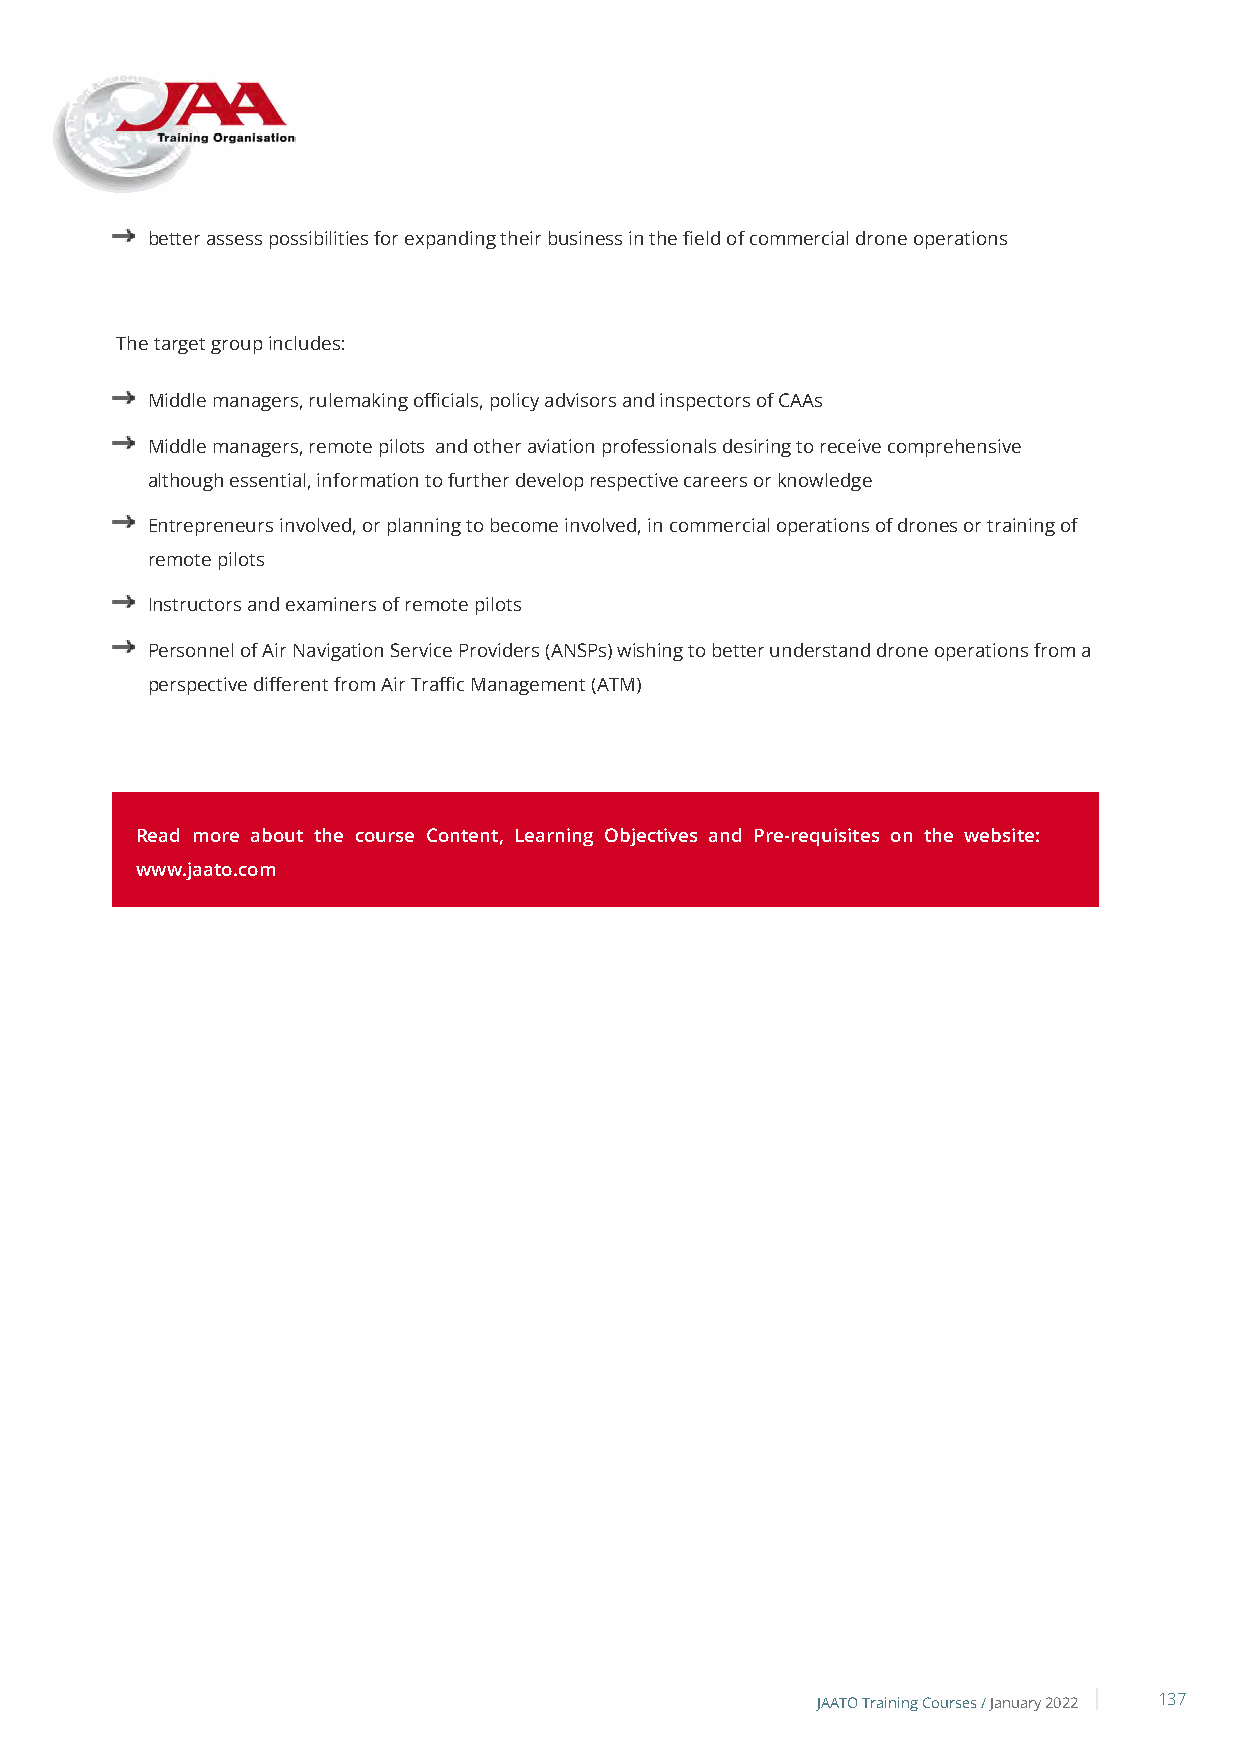
better assess possibilities for expanding their business in the field of commercial drone operations
 The target group includes:
 Middle managers, rulemaking officials, policy advisors and inspectors of CAAs
 Middle managers, remote pilots and other aviation professionals desiring to receive comprehensive
 although essential, information to further develop respective careers or knowledge
 Entrepreneurs involved, or planning to become involved, in commercial operations of drones or training of
 remote pilots
 Instructors and examiners of remote pilots
 Personnel of Air Navigation Service Providers (ANSPs) wishing to better understand drone operations from a
 perspective different from Air Traffic Management (ATM)
 Read more about the course Content, Learning Objectives and Pre-requisites on the website:
 www.jaato.com
 JAATO Training Courses /January 2022 137